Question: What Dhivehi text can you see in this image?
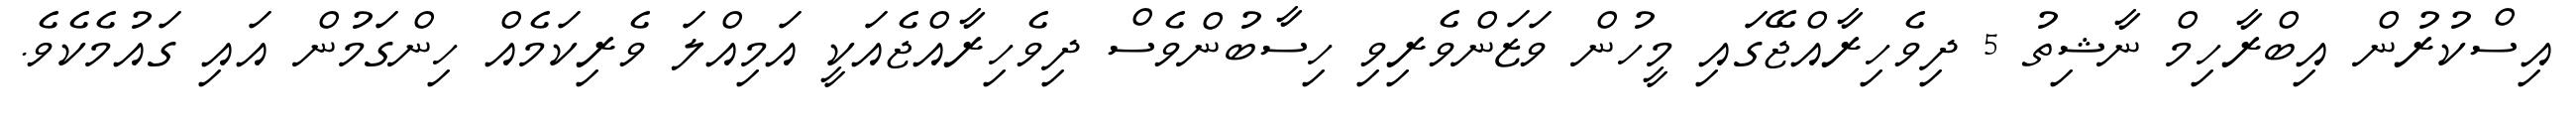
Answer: އިސްކުރުން އިބްރާހިމް ނާޝިތު 5 ދިވެހިރާއްޖޭގައި މީހުން ވަޒަންވެރިވި ހިސާބުންވެސް ދިވެހިރާއްޖެއަކީ އަމިއްލަ ވެރިކަމެއް ހިންގަމުން އައި ގައުމެކެވެ.